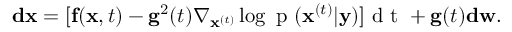
\mathbf { d x } = [ \mathbf { f } ( \mathbf { x } , t ) - \mathbf { g } ^ { 2 } ( t ) \nabla _ { \mathbf { x } ^ { ( t ) } } \log { \mathrm { ~ p ~ } ( \mathbf { x } ^ { ( t ) } | \mathbf { y } ) } ] \mathrm { ~ d ~ t ~ } + \mathbf { g } ( t ) \mathbf { d w } .